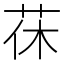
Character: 茠